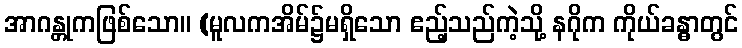
အာဂန္တုကဖြစ်သော။ (မူလကအိမ်၌မရှိသော ဧည့်သည်ကဲ့သို့ နဂိုက ကိုယ်ခန္ဓာတွင်